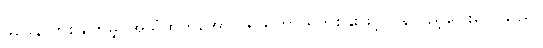
ခစ်ခနဲ တစ်ချက်မျှ အသံထွက်အောင် ရယ်ကာ ရှက်စနိုးဖြင့် ပြန်လှည့်ပြေးလေသည်။